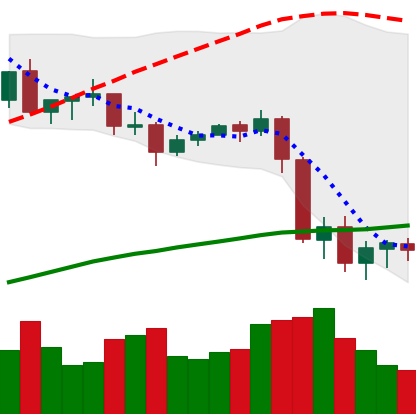
Ticker: XLM-USD
Chart end date: 2020-09-08
Forward return: 3.255%
Label: up_3_5